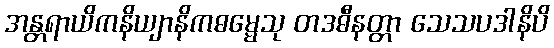
အန္တရာယိကနိယျာနိကဓမ္မေသု တဒဓီနတ္တာ သေသပဒါနိပိ